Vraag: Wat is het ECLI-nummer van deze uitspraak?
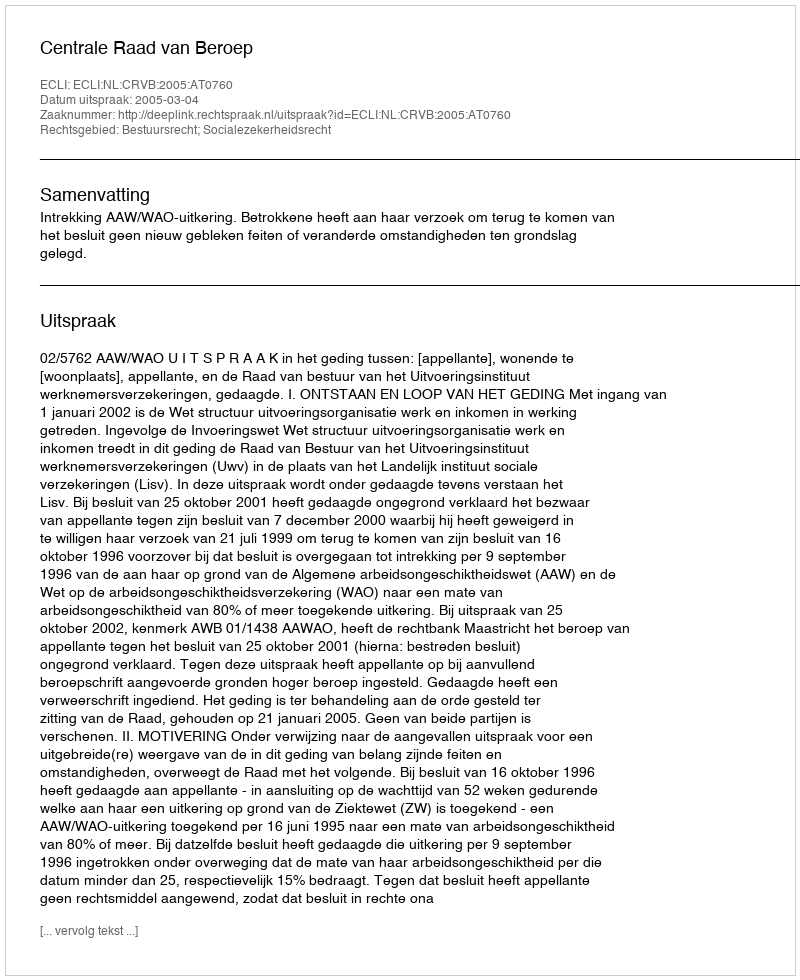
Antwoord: ECLI:NL:CRVB:2005:AT0760